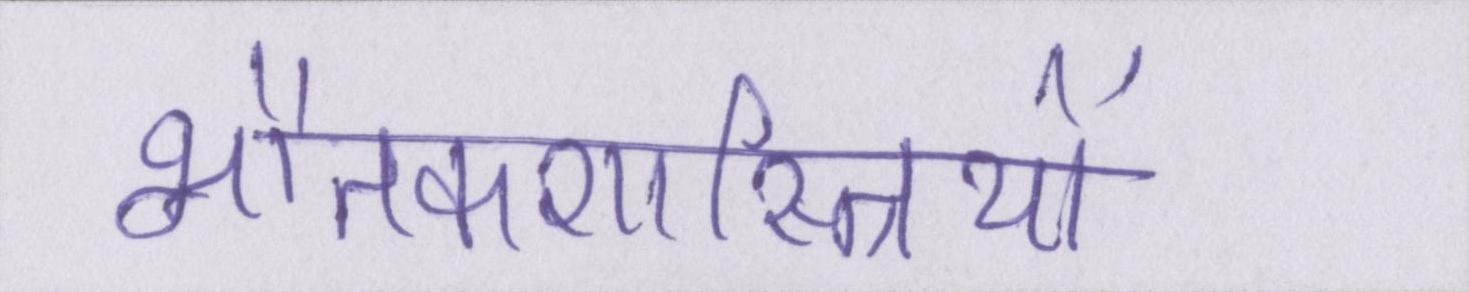
भौतकशास्त्रियों